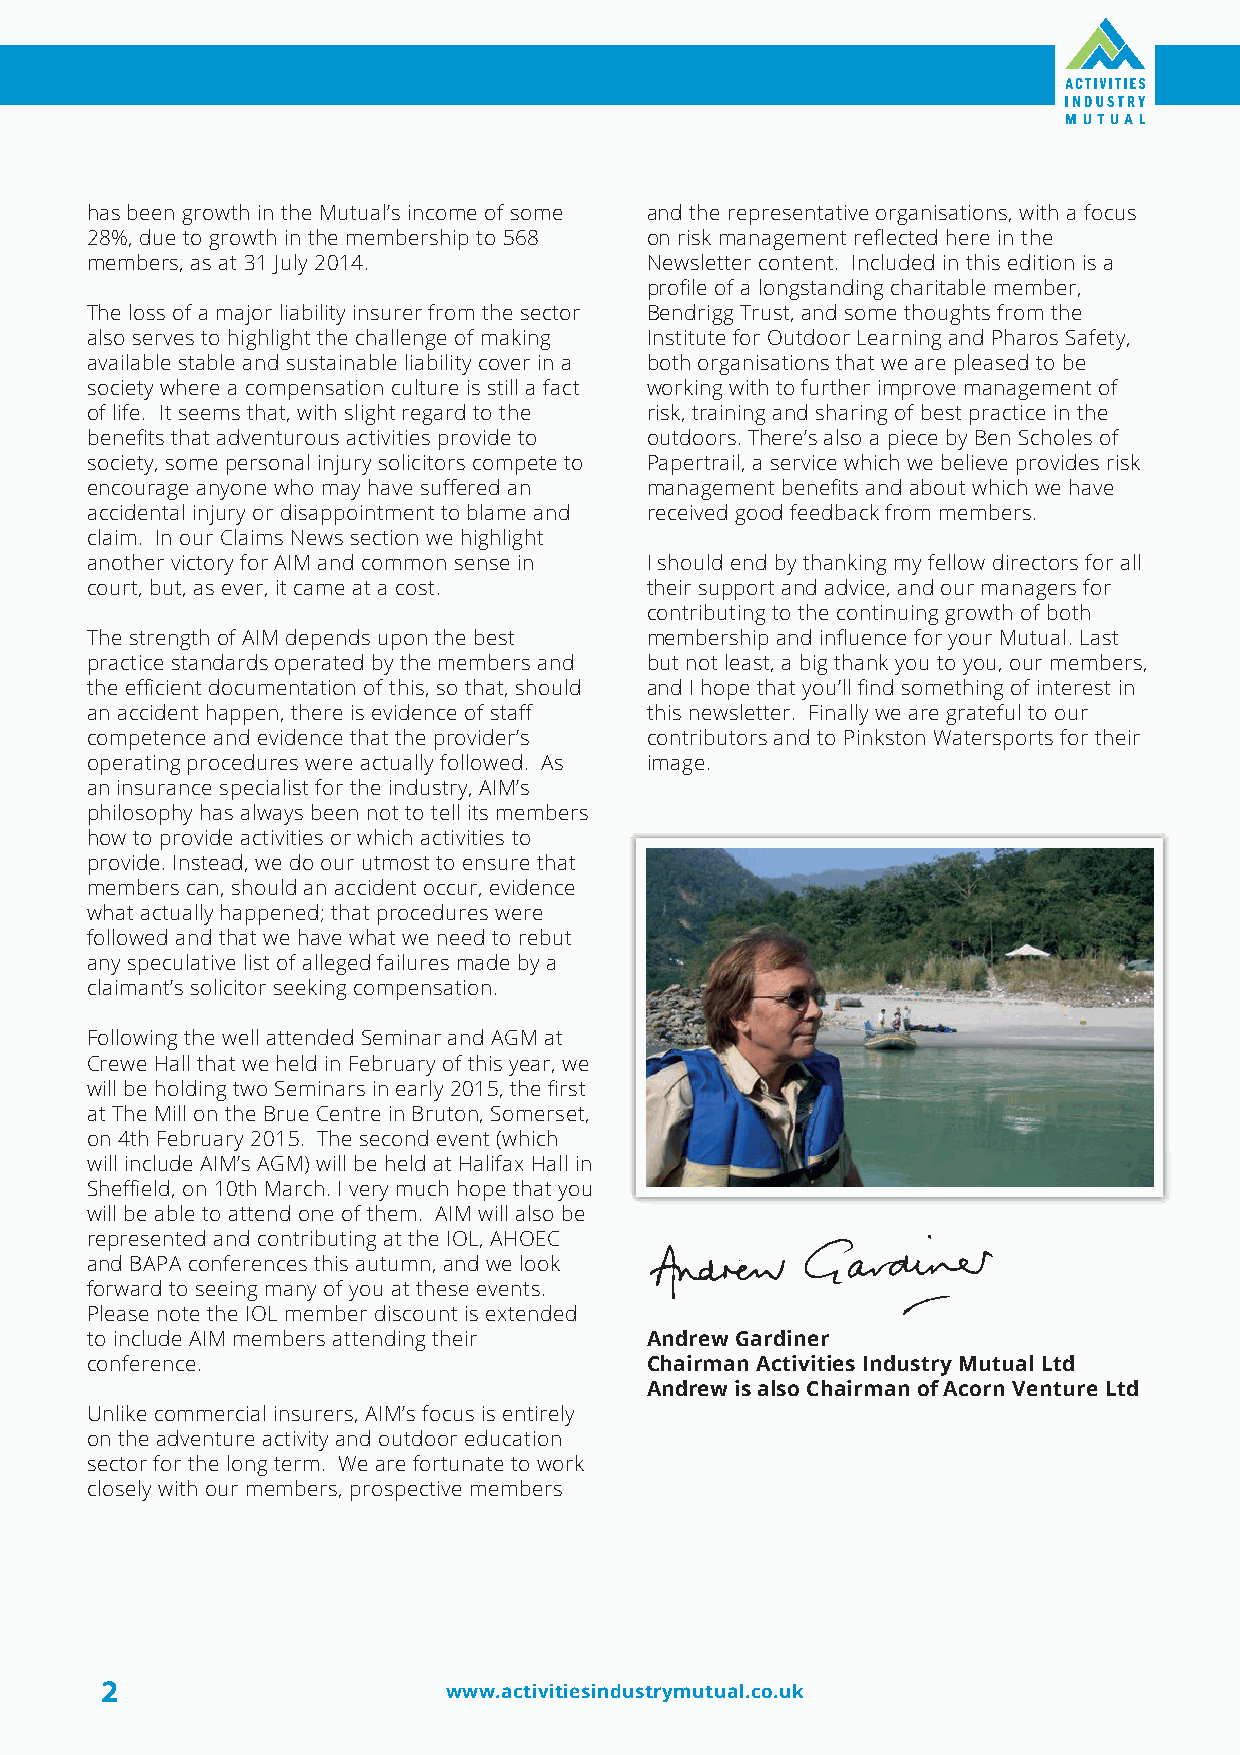
has been growth in the Mutual’s income of some and the representative organisations, with a focus
 28%, due to growth in the membership to 568 on risk management reflected here in the
 members, as at 31 July 2014.         Newsletter content. Included in this edition is a
 profile of a longstanding charitable member,
 The loss of a major liability insurer from the sector Bendrigg Trust, and some thoughts from the
 also serves to highlight the challenge of making Institute for Outdoor Learning and Pharos Safety,
 available stable and sustainable liability cover in a both organisations that we are pleased to be
 society where a compensation culture is still a fact working with to further improve management of
 of life. It seems that, with slight regard to the risk, training and sharing of best practice in the
 benefits that adventurous activities provide to outdoors. There’s also a piece by Ben Scholes of
 society, some personal injury solicitors compete to Papertrail, a service which we believe provides risk
 encourage anyone who may have suffered an management benefits and about which we have
 accidental injury or disappointment to blame and received good feedback from members.
 claim. In our Claims News section we highlight
 another victory for AIM and common sense in I should end by thanking my fellow directors for all
 court, but, as ever, it came at a cost. their support and advice, and our managers for
 contributing to the continuing growth of both
 The strength of AIM depends upon the best membership and influence for your Mutual. Last
 practice standards operated by the members and but not least, a big thank you to you, our members,
 the efficient documentation of this, so that, should and I hope that you’ll find something of interest in
 an accident happen, there is evidence of staff this newsletter. Finally we are grateful to our
 competence and evidence that the provider’s contributors and to Pinkston Watersports for their
 operating procedures were actually followed. As image.
 an insurance specialist for the industry, AIM’s
 philosophy has always been not to tell its members
 how to provide activities or which activities to
 provide. Instead, we do our utmost to ensure that
 members can, should an accident occur, evidence
 what actually happened; that procedures were
 followed and that we have what we need to rebut
 any speculative list of alleged failures made by a
 claimant’s solicitor seeking compensation.
 Following the well attended Seminar and AGM at
 Crewe Hall that we held in February of this year, we
 will be holding two Seminars in early 2015, the first
 at The Mill on the Brue Centre in Bruton, Somerset,
 on 4th February 2015. The second event (which
 will include AIM’s AGM) will be held at Halifax Hall in
 Sheffield, on 10th March. I very much hope that you
 will be able to attend one of them. AIM will also be
 represented and contributing at the IOL, AHOEC
 and BAPA conferences this autumn, and we look
 forward to seeing many of you at these events.
 Please note the IOL member discount is extended
 to include AIM members attending their Andrew Gardiner
 conference.                          Chairman Activities Industry Mutual Ltd
 Andrew is also Chairman of Acorn Venture Ltd
 Unlike commercial insurers, AIM’s focus is entirely
 on the adventure activity and outdoor education
 sector for the long term. We are fortunate to work
 closely with our members, prospective members
 2
 www.activitiesindustrymutual.co.uk